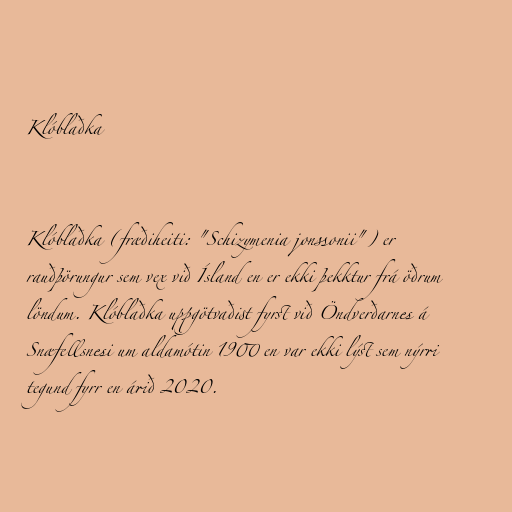
Klóblaðka

Klóblaðka (fræðiheiti: "Schizymenia jonssonii") er
rauðþörungur sem vex við Ísland en er ekki þekktur frá öðrum
löndum. Klóblaðka uppgötvaðist fyrst við Öndverðarnes á
Snæfellsnesi um aldamótin 1900 en var ekki lýst sem nýrri
tegund fyrr en árið 2020.